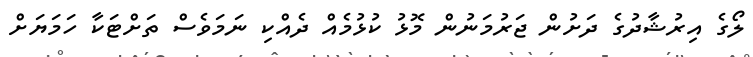
ލޯގެ އިރުޝާދުގެ ދަށުން ޖަރުމަނުން މޮޅު ކުޅުމެއް ދެއްކި ނަމަވެސް ތަށްޓަކާ ހަމަޔަށް